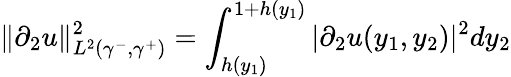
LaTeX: \| \partial_{2}u\| _{L^{2}(\gamma^{-},\gamma^{+})}^{2}=\int_{h(y_{1})}^{1+h(y_{1})}|\partial_{2}u(y_{1},y_{2})|^{2}dy_{2}